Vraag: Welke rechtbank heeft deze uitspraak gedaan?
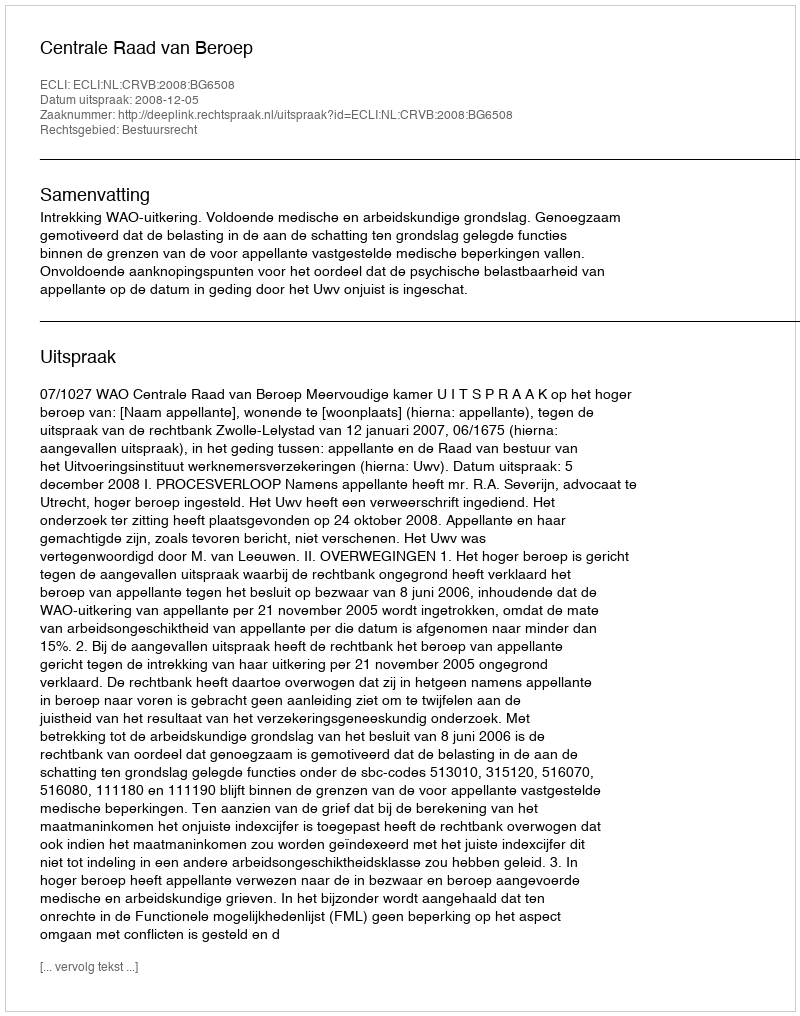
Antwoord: Centrale Raad van Beroep